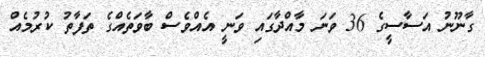
ގާނޫނު އަސާސީގެ 36 ވަނަ މާއްދާގައި ވަނީ އެއްވެސް ބާވަތެއްގެ ތަފާތު ކުރުމެއް